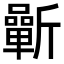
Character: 𣃓